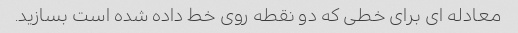
معادله ای برای خطی که دو نقطه روی خط داده شده است بسازید.